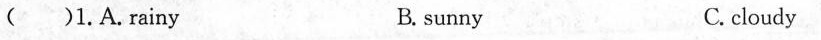
（）1.A.Rainy B. sunny C.cloudy